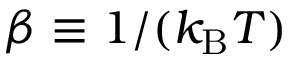
\beta \equiv 1 / ( k _ { \mathrm { B } } T )